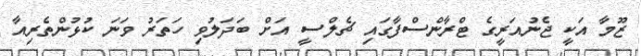
ޒޫމާ އަކީ ޖެނުއަރީގެ ޓްރާންސްފާގައި ޗެލްސީ އަށް ބަދަލުވި ހަތަރު ވަނަ ކުޅުންތެރިއާ